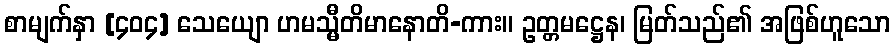
စာမျက်နှာ [၄၀၄] သေယျော ဟမသ္မီတိမာနောတိ-ကား။ ဥတ္တမဋ္ဌေန၊ မြတ်သည်၏ အဖြစ်ဟူသော